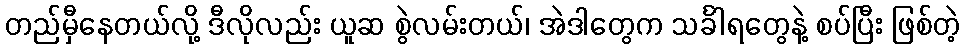
တည်မှီနေတယ်လို့ ဒီလိုလည်း ယူဆ စွဲလမ်းတယ်၊ အဲဒါတွေက သင်္ခါရတွေနဲ့ စပ်ပြီး ဖြစ်တဲ့